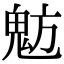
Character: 𩲠